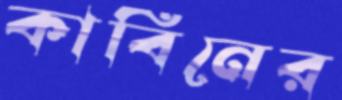
কাবিনের